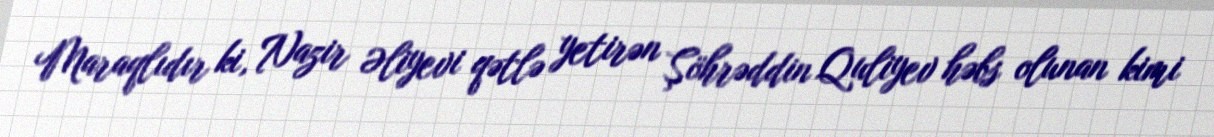
Maraqlıdır ki, Nazir Əliyevi qətlə yetirən Şöhrəddin Quliyev həbs olunan kimi